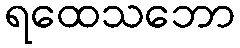
ရထေသဘော